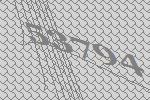
53794